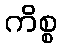
ကိစ္စ